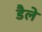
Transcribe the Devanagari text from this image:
डैले